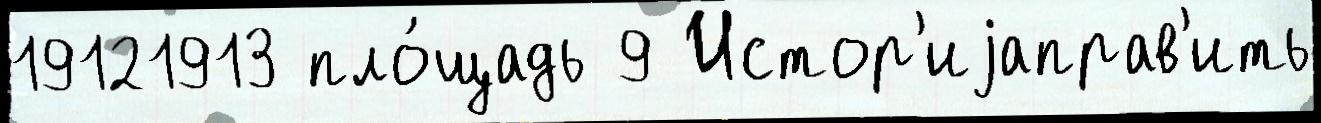
19121913 пло́щадь 9 Истор'иjаправ'ить